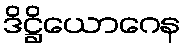
ဒိဋ္ဌိယောဂေန